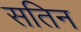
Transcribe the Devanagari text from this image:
सतिन